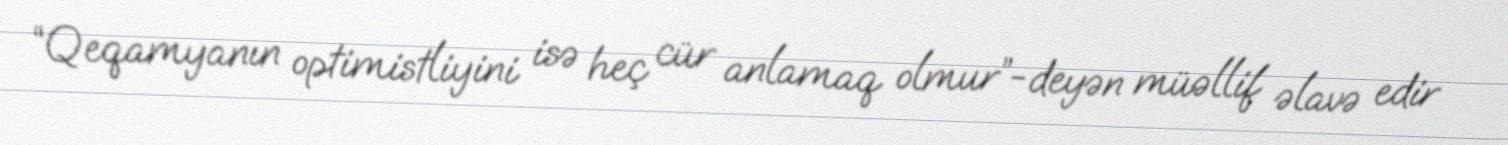
“Qeqamyanın optimistliyini isə heç cür anlamaq olmur”-deyən müəllif əlavə edir